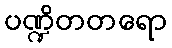
ပဏ္ဍိတတရော